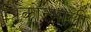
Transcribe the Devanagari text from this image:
त्रिंकोन्माली